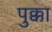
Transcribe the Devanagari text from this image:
पुक्का